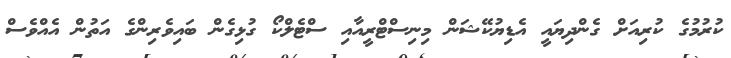
ކުރުމުގެ ކުރިއަށް ގެންދިޔައީ އެޑިޔުކޭޝަން މިނިސްޓްރީއާއި ސްޓެލްކޯ ގުޅިގެން ބައިވެރިންގެ އަތުން އެއްވެސް